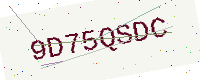
Text: 9D75QSDC